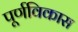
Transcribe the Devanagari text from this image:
पूर्णविकास